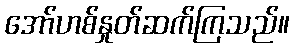
အော်ဟစ်နှုတ်ဆက်ကြသည်။